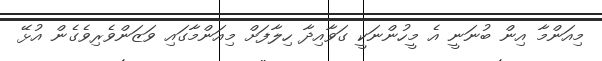
މިއަންމާ އިން ބުނަނީ އެ މީހުންނަކީ ގަވާއިދާ ހިލާފަށް މިއަންމާގައި ވަޒަންވެރިވެގެން އުޅޭ